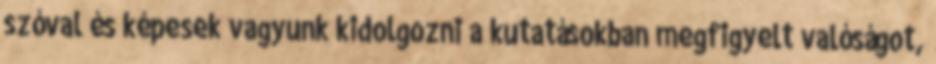
szóval és képesek vagyunk kidolgozni a kutatásokban megfigyelt valóságot,